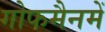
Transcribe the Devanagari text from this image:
गोफमैनमें